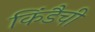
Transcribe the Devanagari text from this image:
किंडैची